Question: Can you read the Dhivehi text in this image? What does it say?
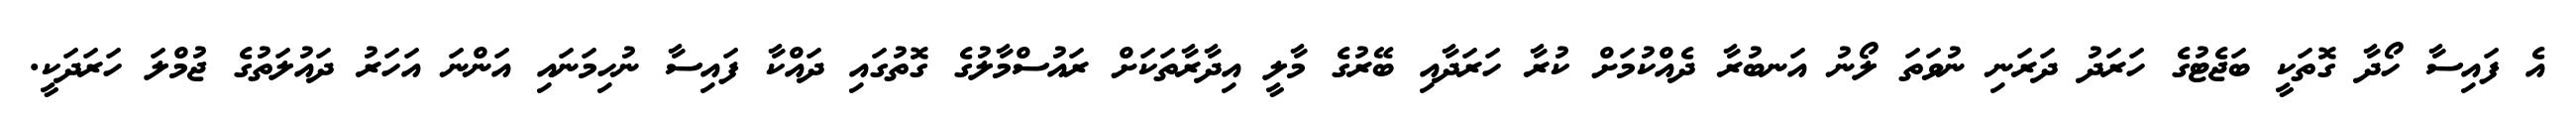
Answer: އެ ފައިސާ ހޯދާ ގޮތަކީ ބަޖެޓުގެ ހަރަދު ދަރަނި ނުވަތަ ލޯނު އަނބުރާ ދެއްކުމަށް ކުރާ ހަރަދާއި ބޭރުގެ މާލީ އިދާރާތަކަށް ރައުސްމާލުގެ ގޮތުގައި ދައްކާ ފައިސާ ނުހިމަނައި އަންނަ އަހަރު ދައުލަތުގެ ޖުމްލަ ހަރަދަކީ.